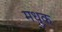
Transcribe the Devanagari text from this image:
मधुक